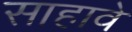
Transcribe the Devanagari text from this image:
साहावे